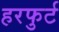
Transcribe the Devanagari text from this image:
हरफुर्ट